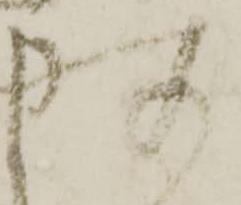
所